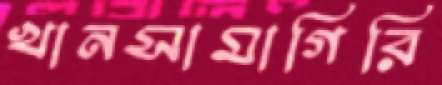
খানসামাগিরি